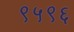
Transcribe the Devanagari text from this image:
९५९६